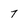
Character: 7